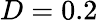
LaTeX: D=0.2